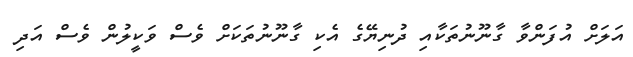
އަލަށް އުފަންވާ ގާނޫނުތަކާއި ދުނިޔޭގެ އެކި ގާނޫނުތަކަށް ވެސް ވަކީލުން ވެސް އަދި